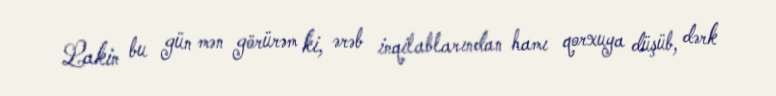
Lakin bu gün mən görürəm ki, ərəb inqilablarından hamı qorxuya düşüb, dərk